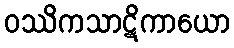
ဝဿိကသာဋိကာယော